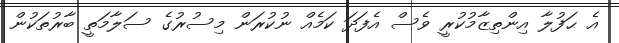
އެ ޙަފުލާ އިންތިޒާމުކުރީ ވެސް އެފަދަ ކަމެއް ނުކުރަން މިސުރުގެ ސަލާމަތީ ބާރުތަކުން